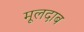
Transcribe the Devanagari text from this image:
मूलदाब